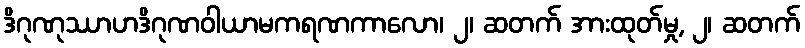
ဒိဂုဏုဿာဟဒိဂုဏဝါယာမကရဏကာလော၊ ၂၊ ဆတက် အားထုတ်မှု, ၂၊ ဆတက်